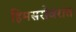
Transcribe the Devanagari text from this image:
हिमसरोवरात